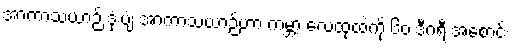
အာကာသယာဉ် ဒုံးပျံ အာကာသယာဉ်ဟာ ကမ္ဘာ့ လေထုထဲကို ၆၀ ဒီဂရီ အစောင်း